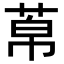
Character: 𦰬